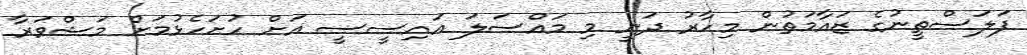
ފަލަސްތީނުގެ ޒައާމަތުން މިހާރު ދަނީ މި މައްސަލަ އައިސީސީ އަށް ހުށަހެޅުމަށް މަޝްވަރާ